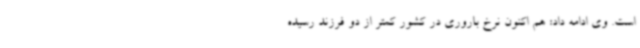
است. وی ادامه داد: هم اکنون نرخ باروری در کشور کمتر از دو فرزند رسیده